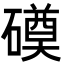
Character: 磸